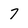
Character: 7